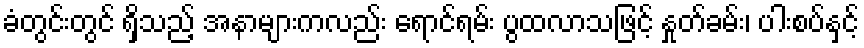
ခံတွင်းတွင် ရှိသည့် အနာများကလည်း ရောင်ရမ်း ပွထလာသဖြင့် နှုတ်ခမ်း၊ ပါးစပ်နှင့်